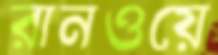
রানওয়ে